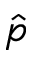
\hat { p }